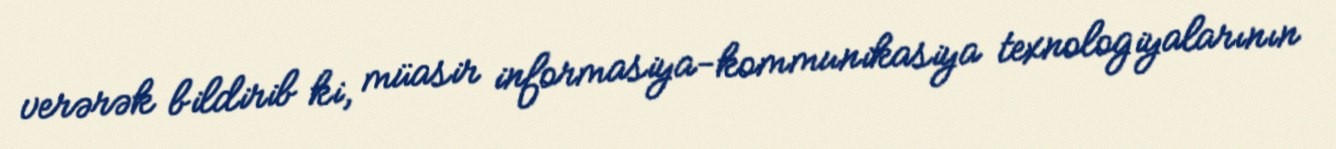
verərək bildirib ki, müasir informasiya-kommunikasiya texnologiyalarının